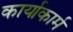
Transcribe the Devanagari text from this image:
कार्याकार्म